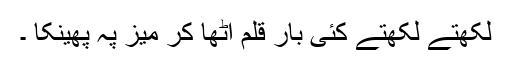
لکھتے لکھتے کئی بار قلم اٹھا کر میز پہ پھینکا ۔